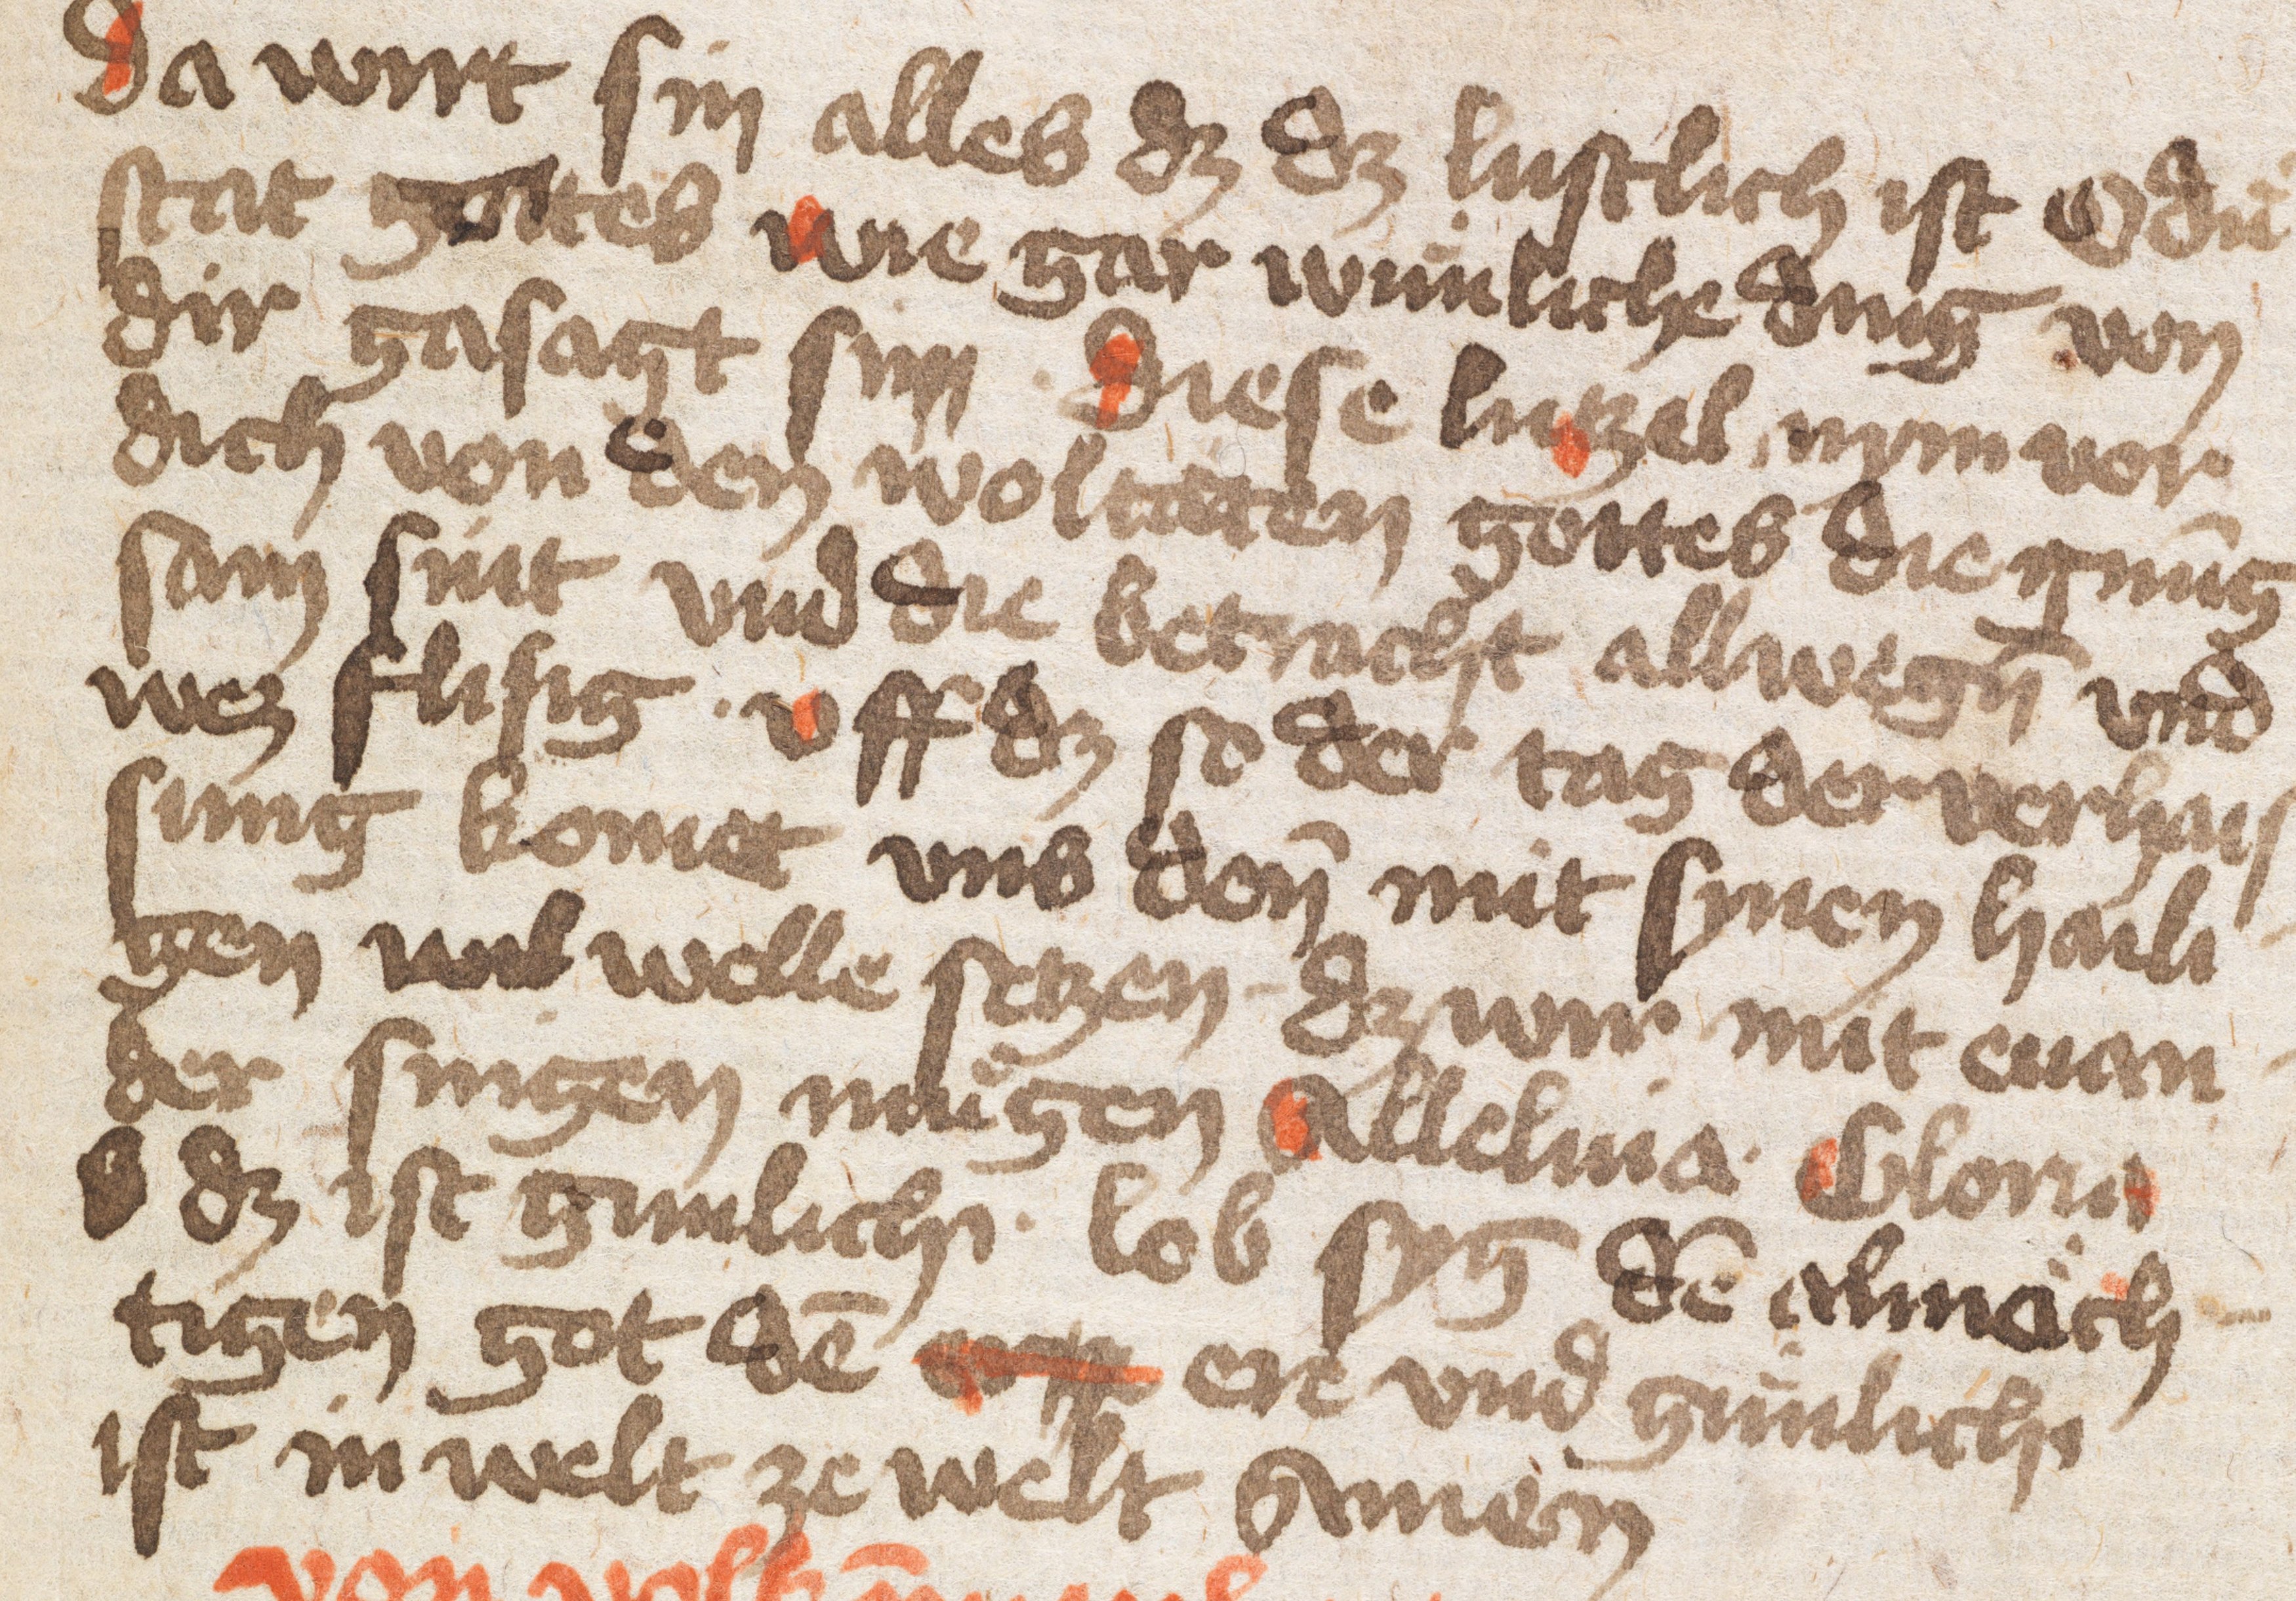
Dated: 1400–1499